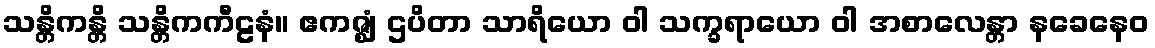
သန္တိကန္တိ သန္တိကကီဠနံ။ ဧကဇ္ဈံ ဌပိတာ သာရိယော ဝါ သက္ခရာယော ဝါ အစာလေန္တာ နခေနေဝ